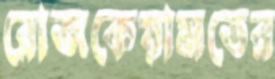
রোজকেয়ামতের